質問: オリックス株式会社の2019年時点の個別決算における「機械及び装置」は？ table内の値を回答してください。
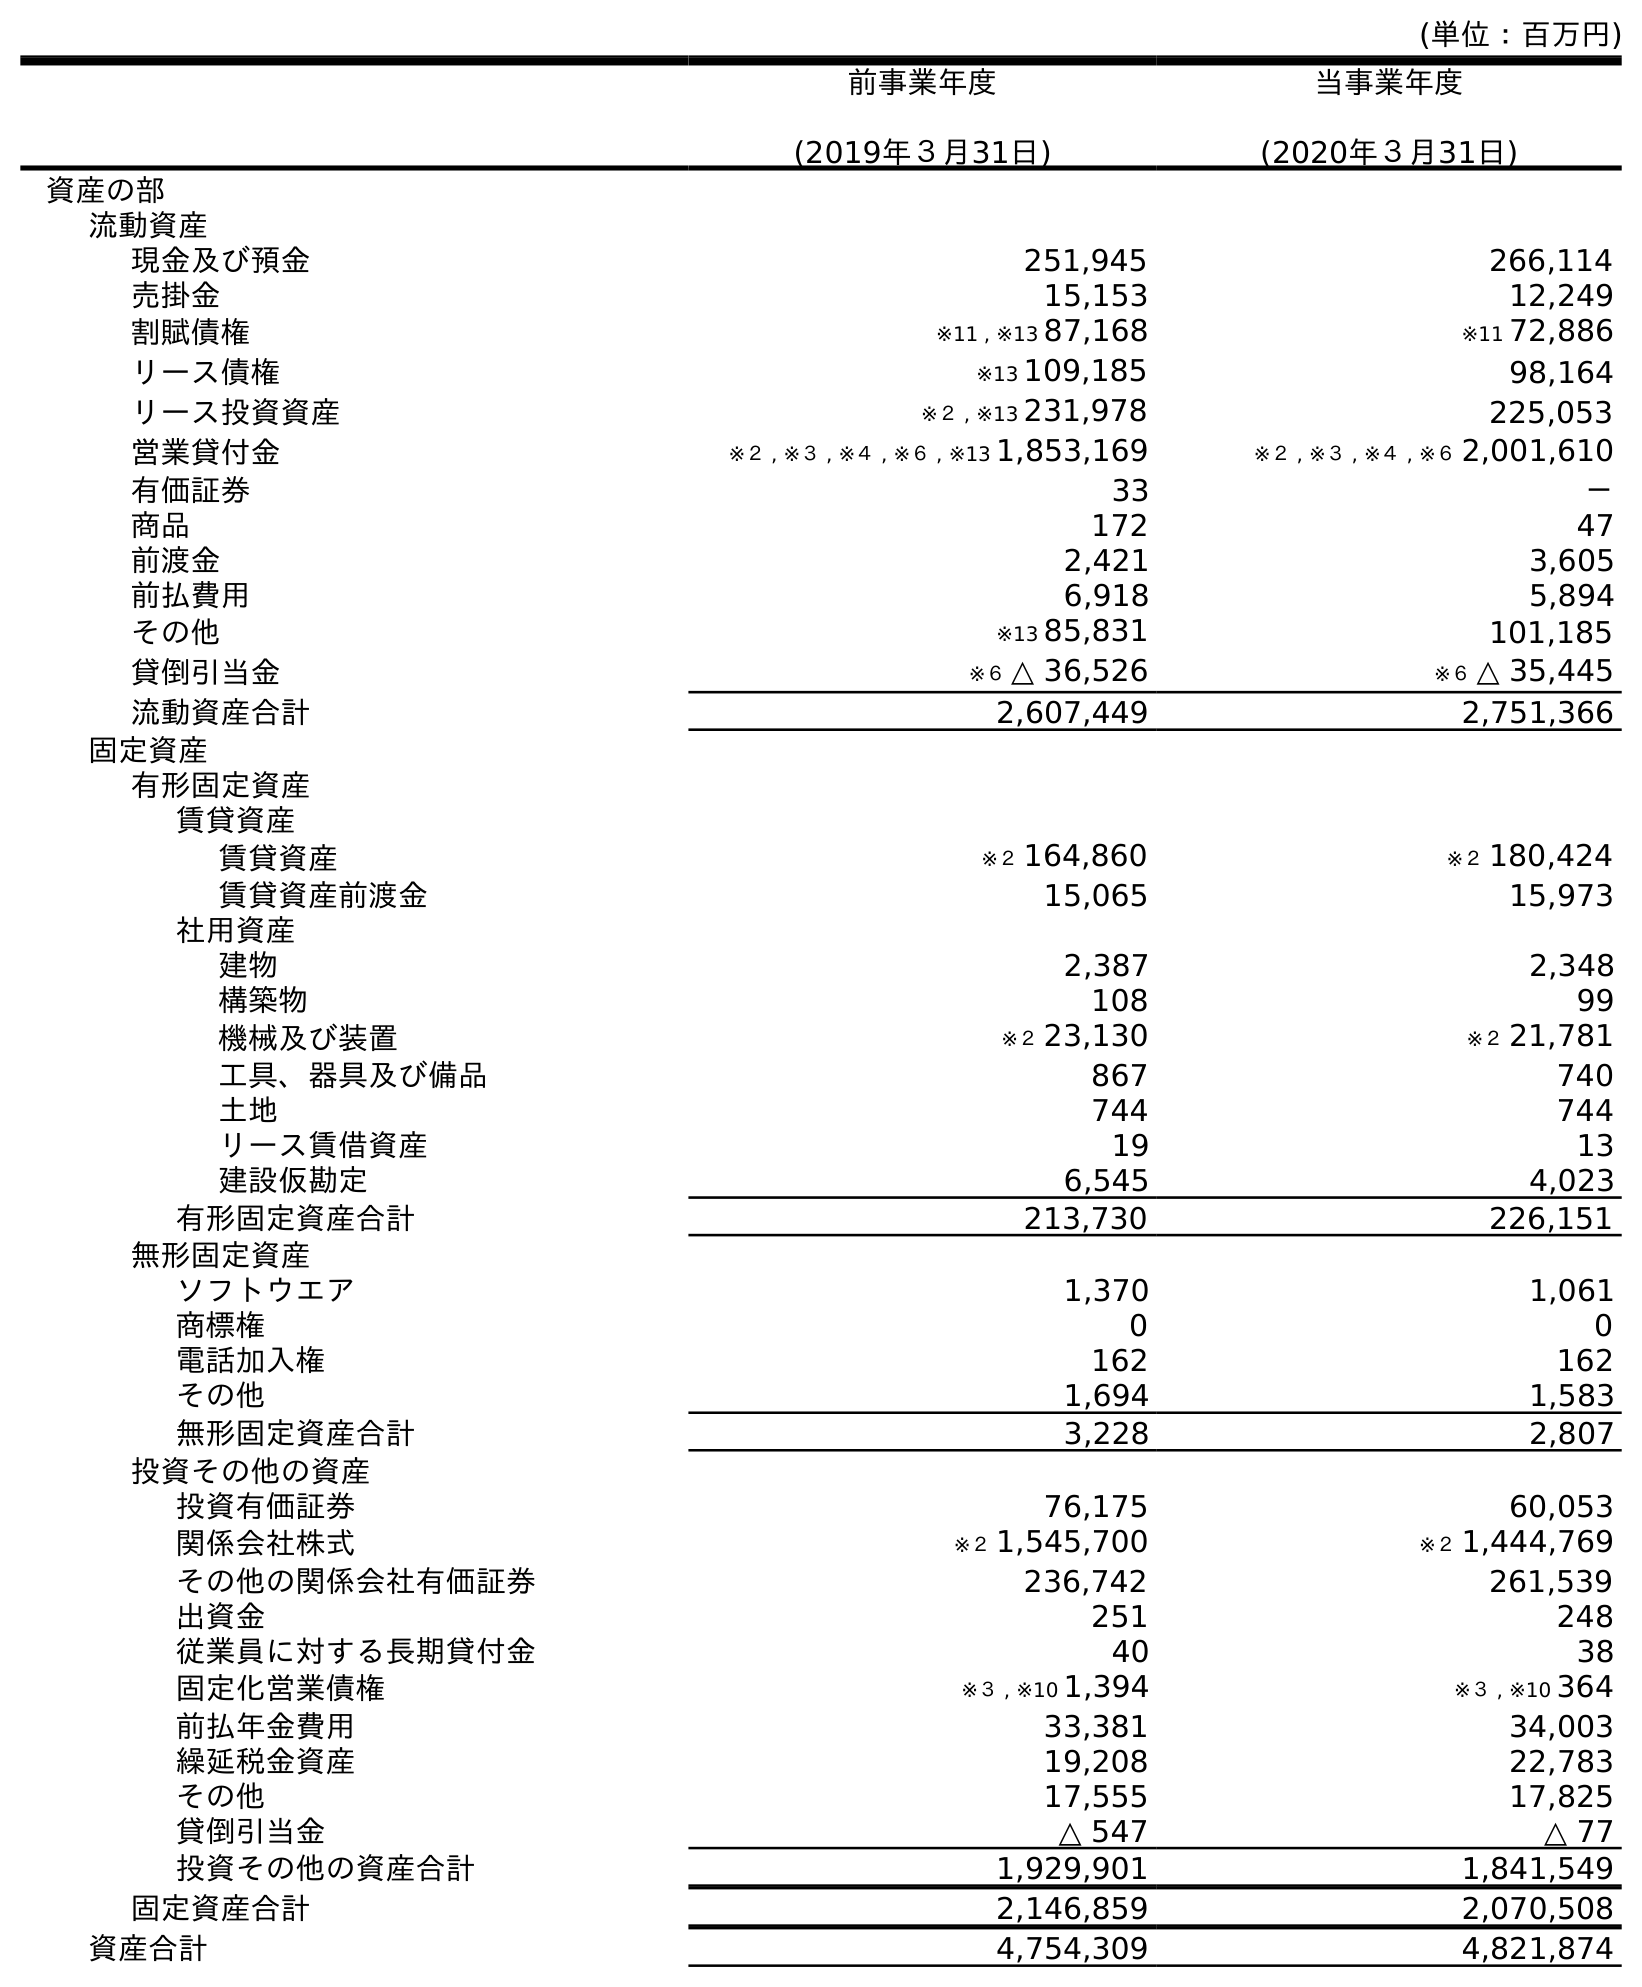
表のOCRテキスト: (単位：百万円) 前事業年度 (2019年３月31日) 当事業年度 (2020年３月31日) 資産の部 流動資産 現金及び預金 251,945 266,114 売掛金 15,153 12,249 割賦債権 ※11 , ※13 87,168 ※11 72,886 リース債権 ※13 109,185 98,164 リース投資資産 ※２ , ※13 231,978 225,053 営業貸付金 ※２ , ※３ , ※４ , ※６ , ※13 1,853,169 ※２ , ※３ , ※４ , ※６ 2,001,610 有価証券 33 － 商品 172 47 前渡金 2,421 3,605 前払費用 6,918 5,894 その他 ※13 85,831 101,185 貸倒引当金 ※６ △ 36,526 ※６ △ 35,445 流動資産合計 2,607,449 2,751,366 固定資産 有形固定資産 賃貸資産 賃貸資産 ※２ 164,860 ※２ 180,424 賃貸資産前渡金 15,065 15,973 社用資産 建物 2,387 2,348 構築物 108 99 機械及び装置 ※２ 23,130 ※２ 21,781 工具、器具及び備品 867 740 土地 744 744 リース賃借資産 19 13 建設仮勘定 6,545 4,023 有形固定資産合計 213,730 226,151 無形固定資産 ソフトウエア 1,370 1,061 商標権 0 0 電話加入権 162 162 その他 1,694 1,583 無形固定資産合計 3,228 2,807 投資その他の資産 投資有価証券 76,175 60,053 関係会社株式 ※２ 1,545,700 ※２ 1,444,769 その他の関係会社有価証券 236,742 261,539 出資金 251 248 従業員に対する長期貸付金 40 38 固定化営業債権 ※３ , ※10 1,394 ※３ , ※10 364 前払年金費用 33,381 34,003 繰延税金資産 19,208 22,783 その他 17,555 17,825 貸倒引当金 △ 547 △ 77 投資その他の資産合計 1,929,901 1,841,549 固定資産合計 2,146,859 2,070,508 資産合計 4,754,309 4,821,874
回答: ※２23,130